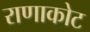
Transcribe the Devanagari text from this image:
राणाकोट